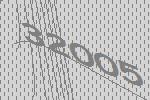
32005